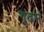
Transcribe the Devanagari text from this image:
गूढम्